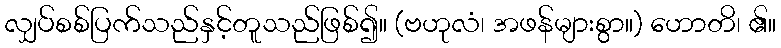
လျှပ်စစ်ပြက်သည်နှင့်တူသည်ဖြစ်၍။ (ဗဟုလံ၊ အဖန်များစွာ။) ဟောတိ၊ ၏။